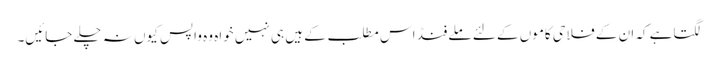
لگتاہے کہ ان کے فلاحی کاموں کے لئے ملے فنڈ اس مطلب کے ہیں ہی نہیں خواہ وہ واپس کیوں نہ چلے جائیں۔